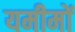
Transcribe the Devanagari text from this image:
यमीमों